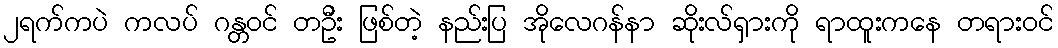
၂ရက်ကပဲ ကလပ် ဂန္တဝင် တဦး ဖြစ်တဲ့ နည်းပြ အိုလေဂန်နာ ဆိုးလ်ရှားကို ရာထူးကနေ တရားဝင်